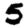
Digit: 5